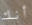
أنك